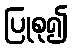
ပြုစု၍